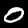
Digit: 0